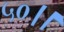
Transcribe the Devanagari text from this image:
५०।।